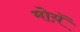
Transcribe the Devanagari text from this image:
मोय़ॅ